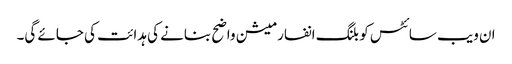
ان ویب سائٹس کو بلنگ انفارمیشن واضح بنانے کی ہدائت کی جائے گی۔